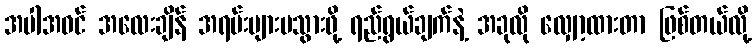
အပါအဝင် အလေးချိန် အရမ်းများမသွားဖို့ ရည်ရွယ်ချက်နဲ့ အခုလို လျှော့ထားတာ ဖြစ်တယ်လို့